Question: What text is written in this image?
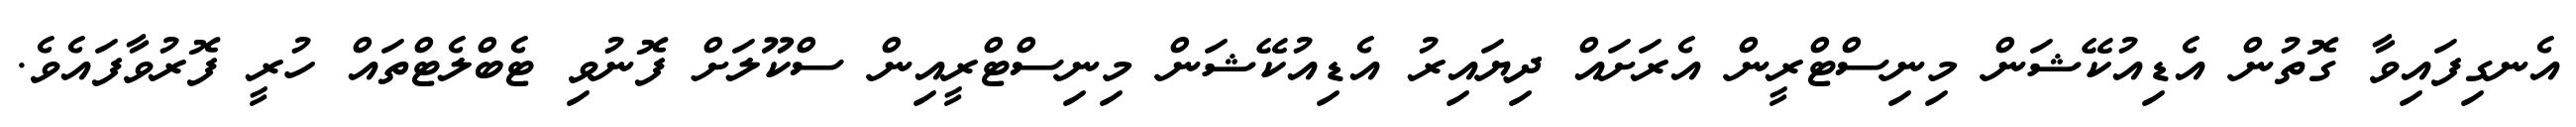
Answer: އެނގިފައިވާ ގޮތުން އެޑިއުކޭޝަން މިނިސްޓްރީން އެރަށައް ދިޔައިރު އެޑިއުކޭޝަން މިނިސްޓްރީއިން ސްކޫލަށް ފޮނުވި ޓެބްލެޓްތައް ހުރީ ފޮރުވާފައެވެ.